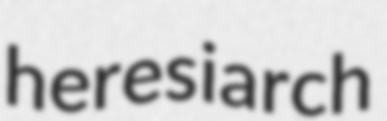
heresiarch